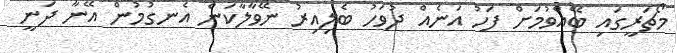
މޯޗަރީގައި ބޭއްވުމަށް ފަހު އަނެއް ދުވަހު ބެލިއިރު ނޭވާލާކަން އެނގުމުން އޭނާ ދަނީ